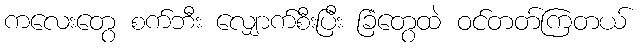
ကလေးတွေ စက်ဘီး လျှောက်စီးပြီး ခြံတွေထဲ ဝင်တတ်ကြတယ်